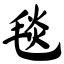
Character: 毯